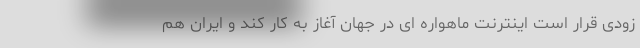
زودی قرار است اینترنت ماهواره ای در جهان آغاز به کار کند و ایران هم